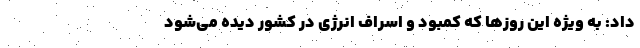
داد: به ویژه این روزها که کمبود و اسراف انرژی در کشور دیده می‌شود